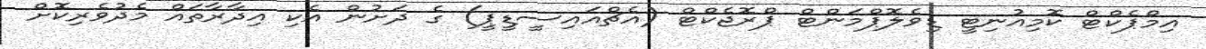
އިމްޕެކްޓް ކޮމިއުނިޓީ ޑިވެލޮޕްމަންޓް ޕްރޮޖެކްޓް (އެޗްއައިސީޑީޕީ) ގެ ދަށުން އެކި އިދާރާތައް މެދުވެރިކޮށް